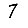
Digit: 7